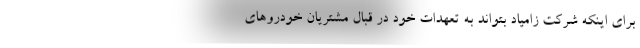
براي اينكه شركت زامياد بتواند به تعهدات خود در قبال مشتريان خودروهاي